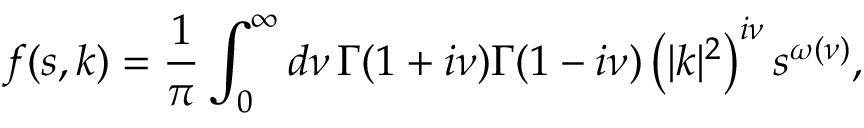
f ( s , k ) = \frac { 1 } { \pi } \int _ { 0 } ^ { \infty } d \nu \, \Gamma ( 1 + i \nu ) \Gamma ( 1 - i \nu ) \left( | k | ^ { 2 } \right) ^ { i \nu } s ^ { \omega ( \nu ) } ,